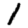
Digit: 1